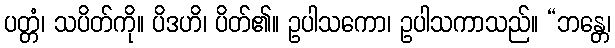
ပတ္တံ၊ သပိတ်ကို။ ပိဒဟိ၊ ပိတ်၏။ ဥပါသကော၊ ဥပါသကာသည်။ “ဘန္တေ၊